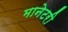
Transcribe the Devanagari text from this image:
मानेटरी